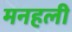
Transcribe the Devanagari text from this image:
मनहली